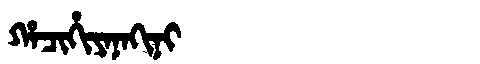
Manchu: ᡥᠠᠴᡳᡥᡳᠶᠠᠨᠠᡴᡳᠨᡳ
Romanization: HACIHIYANAKINI